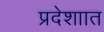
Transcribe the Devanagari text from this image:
प्रदेशाात